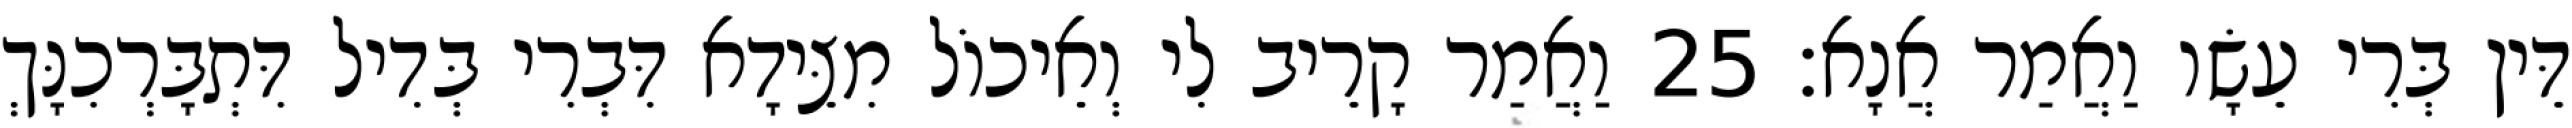
דֵּין בְּרִי עֵשָׂו וַאֲמַר אֲנָא׃ 25 וַאֲמַר קָרֵיב לִי וְאֵיכוֹל מִצֵּידָא דִּבְרִי בְּדִיל דִּתְבָּרְכִנָּךְ